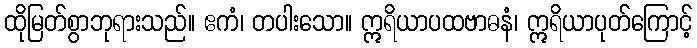
ထိုမြတ်စွာဘုရားသည်။ ဧကံ၊ တပါးသော။ ဣရိယာပထဗာဓနံ၊ ဣရိယာပုတ်ကြောင့်